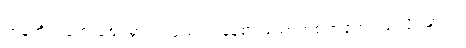
ကုန်တိုက်ရော ဈေးမှာပါ လူသုံးကုန်နဲ့စားသောက်စရာတွေဝယ်လို့ရမှာပါ။